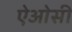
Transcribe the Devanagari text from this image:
ऐओसी